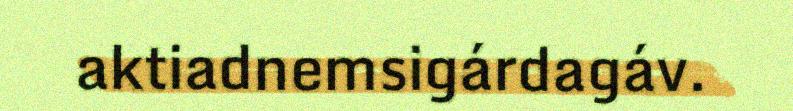
aktiadnemsigárdagáv.